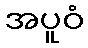
အပူဝံ